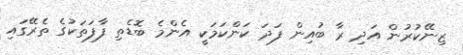
ޒިނޭކުރުން އަދި ރާ ބުއިން ފަދަ ކަންކަމަކީ އެންމެ ބޮޑެތި ފާފަތަކުގެ ތެރޭގައި